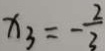
x _ { 3 } = - \frac { 2 } { 3 }